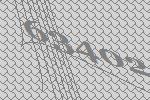
63402